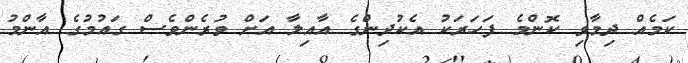
ކަމެއް ދިމާވި ކޮންމެ ފަހަރަކު އެކުދިންގެ އާއިލާ އަށް ވުރެންވެސް ގައުމުގެ އާންމު